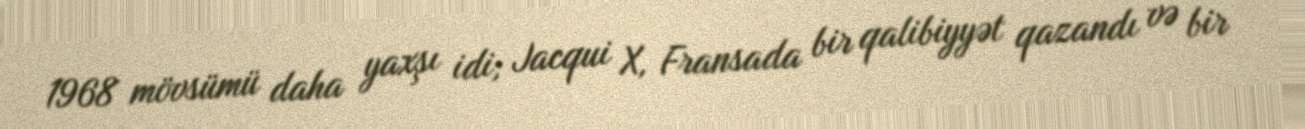
1968 mövsümü daha yaxşı idi; Jacqui X, Fransada bir qalibiyyət qazandı və bir